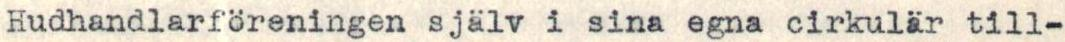
Hudhandlarföreningen själv i sina egna cirkulär till-